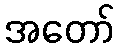
အတော်